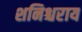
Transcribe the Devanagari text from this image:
शनिश्चराय